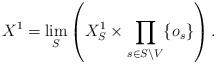
LaTeX: \begin{align*}X^1 = \lim_S \left(X_S^1 \times \prod_{s \in S \setminus V} \{o_s\}\right).\end{align*}